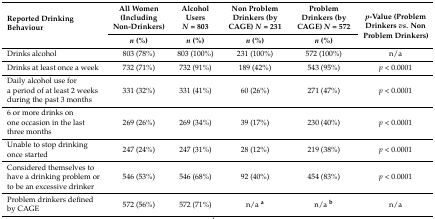
| <ROWSPAN=2> Reported Drinking Behaviour | All Women (Including Non-Drinkers) | Alcohol Users N = 803 | Non Problem Drinkers (by CAGE) N = 231 | Problem Drinkers (by CAGE) N = 572 | <ROWSPAN=2> p-Value (Problem Drinkers vs. Non Problem Drinkers) |
 | n (%) | n (%) | n (%) | n (%) |
 | --- | --- | --- | --- | --- | --- |
 | Drinks alcohol | 803 (78%) | 803 (100%) | 231 (100%) | 572 (100%) | n/a |
 | Drinks at least once a week | 732 (71%) | 732 (91%) | 189 (42%) | 543 (95%) | p < 0.0001 |
 | Daily alcohol use for a period of at least 2 weeks during the past 3 months | 331 (32%) | 331 (41%) | 60 (26%) | 271 (47%) | p < 0.0001 |
 | 6 or more drinks on one occasion in the last three months | 269 (26%) | 269 (34%) | 39 (17%) | 230 (40%) | p < 0.0001 |
 | Unable to stop drinking once started | 247 (24%) | 247 (31%) | 28 (12%) | 219 (38%) | p < 0.0001 |
 | Considered themselves to have a drinking problem or to be an excessive drinker | 546 (53%) | 546 (68%) | 92 (40%) | 454 (83%) | p < 0.0001 |
 | Problem drinkers defined by CAGE | 572 (56%) | 572 (71%) | n/a a | n/a b | n/a |